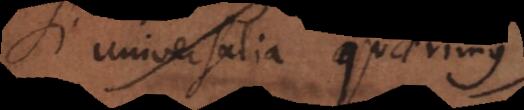
si universalia quaerimus